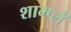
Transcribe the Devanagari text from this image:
शाम्प्लें